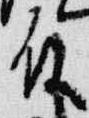
殿